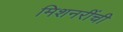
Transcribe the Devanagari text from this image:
मिशनरींची